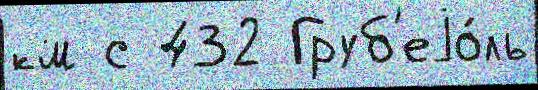
км с 432 Груб'еjо́ль